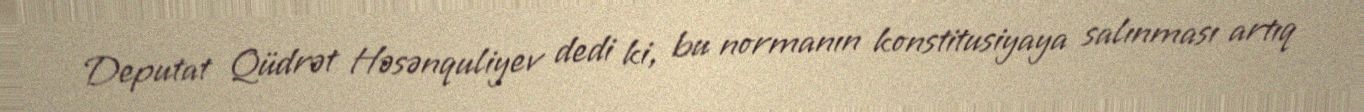
Deputat Qüdrət Həsənquliyev dedi ki, bu normanın konstitusiyaya salınması artıq